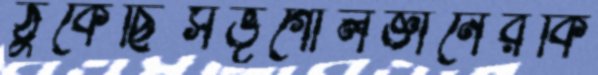
ঠুকেছিসভূগোলজ্ঞানেরকি